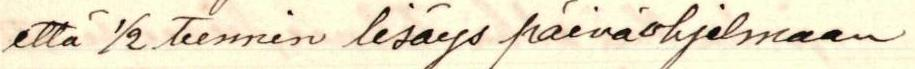
että 1/2 tunnin lisäys päiväohjelmaan